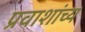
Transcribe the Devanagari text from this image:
प्रवाशांच्य